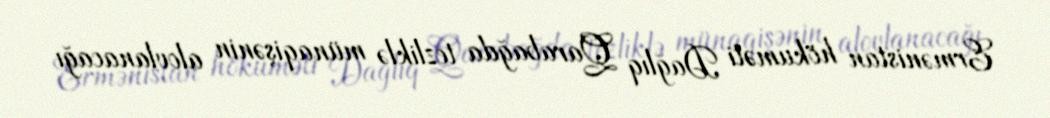
Ermənistan hökuməti Dağlıq Qarabağda tezliklə münaqişənin alovlanacağı